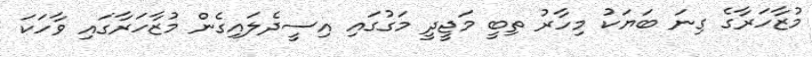
މުޒާހަރާގެ ގިނަ ބަޔަކު މިހާރު ތިބީ މަޖީދީ މަގުގައި އިސީދެލައިގެން މުޒާހަރާގައި ވާހަކަ